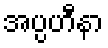
အပ္ပဟီနာ